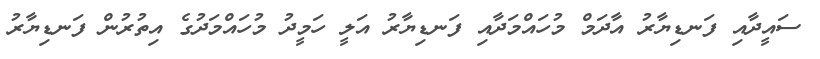
ސައީދާއި ފަނޑިޔާރު އާދަމް މުހައްމަދާއި ފަނޑިޔާރު އަލީ ހަމީދު މުހައްމަދުގެ އިތުރުން ފަނޑިޔާރު